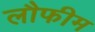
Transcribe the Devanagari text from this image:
लौफीम